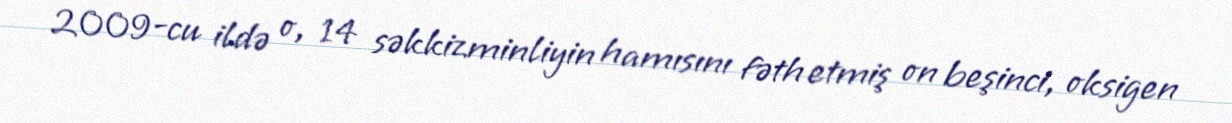
2009-cu ildə o, 14 səkkizminliyin hamısını fəth etmiş on beşinci, oksigen